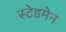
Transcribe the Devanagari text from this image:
स्टेडमेन